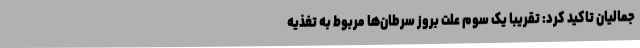
جمالیان تاکید کرد: تقریبا یک سوم علت بروز سرطان‌ها مربوط به تغذیه